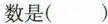
数是()